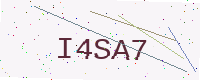
Text: I4SA7